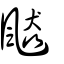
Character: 飇